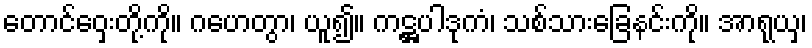
တောင်ဝှေးတို့ကို။ ဂဟေတွာ၊ ယူ၍။ ကဋ္ဌပါဒုကံ၊ သစ်သားခြေနင်းကို။ အာရုယှ၊